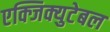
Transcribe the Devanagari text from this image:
एक्जिक्युटेबल